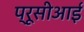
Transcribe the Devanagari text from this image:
प्रूसीआई